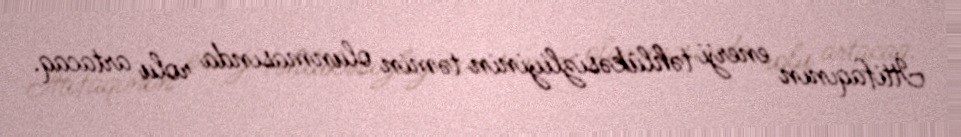
İttifaqının enerji təhlükəsizliyinin təmin olunmasında rolu artacaq.